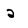
Character: 2